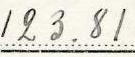
123.81